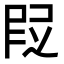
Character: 𬻷